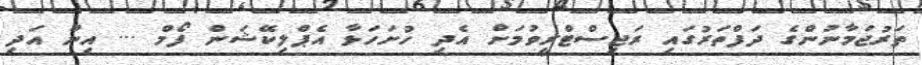
ތަރުޖަމާނުންގެ ދަފްތަރުގައި ރަޖިސްޓްރީވުމަށް އެދި ހުށަހަޅާ އެޕްލިކޭޝަން ފޯމް ... އިން އަދި